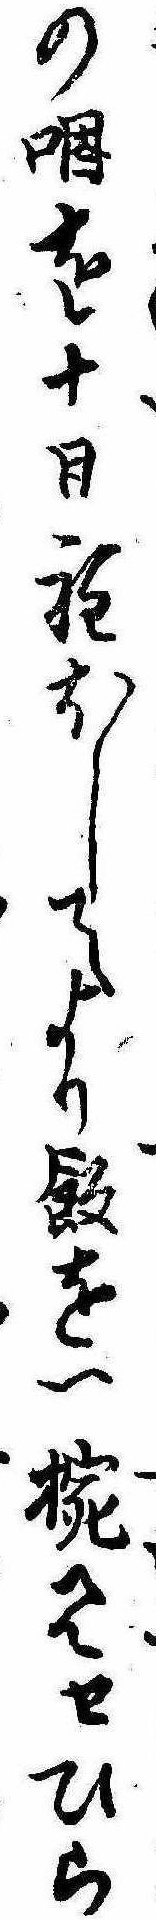
の咽を十日程ほしてより飯を一椀見せひら